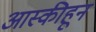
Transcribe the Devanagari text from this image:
आस्कीहून